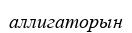
аллигаторын